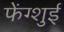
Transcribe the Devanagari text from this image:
फेंग्शुई